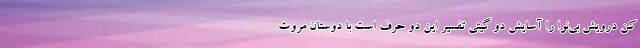
کن درویش بی‌نوا را آسایش دو گیتی تفسیر این دو حرف است با دوستان مروت